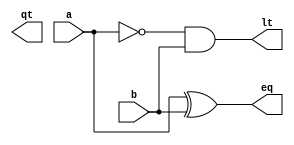
module Half_Comperator(
	input a,b,
	output qt, lt, eq
);
	assign gt = a & ~b;
	assign lt = ~a & b;
	assign eq = a ^ b;
	
endmodule

module Full_Comperator(
	input a,b,
	input gt_in,
	input lt_in,
	input eq_in,
	output qt, lt, eq
);
	assign gt = gt_in | eq_in & a & ~b;
	assign lt = lt_in | eq_in & ~a & b;
	assign eq = eq_in & (a ^ b);
	
endmodule


module Comperator_18_bits(
	input [17:0] a,b,
	output gt, lt, eq
);
	wire g[17:0];
	wire l[17:0];
	wire e[17:0];

	Half_Comperator c_00 (a[17],  b[17], g[17], l[17], e[17] );
	Full_Comperator c_01 (a[16], b[16], g[17], l[17], e[17], g[16], l[16], e[16] );
	Full_Comperator c_02 (a[15], b[15], g[16], l[16], e[16], g[15], l[15], e[15] );
	Full_Comperator c_03 (a[14], b[14], g[15], l[15], e[15], g[14], l[14], e[14] );
	Full_Comperator c_04 (a[13], b[13], g[14], l[14], e[14], g[13], l[13], e[13] );
	Full_Comperator c_05 (a[12], b[12], g[13], l[13], e[13], g[12], l[12], e[12] );
	Full_Comperator c_06 (a[11], b[11], g[12], l[12], e[12], g[11], l[11], e[11] );
	Full_Comperator c_07 (a[10], b[10], g[11], l[11],e[11], g[10], l[10], e[10] );
	Full_Comperator c_08 (a[9],  b[9],  g[10],  l[10],  e[10], g[9], l[9], e[9] );
	Full_Comperator c_09 (a[8],  b[8],  g[9],  l[9],  e[9], g[8], l[8], e[8] );
	Full_Comperator c_10 (a[7], b[7], g[8],  l[8],  e[8], g[7], l[7], e[7] );
	Full_Comperator c_11 (a[6], b[6], g[7], l[7], e[7], g[6], l[6], e[6] );
	Full_Comperator c_12 (a[5], b[5], g[6], l[6], e[6], g[5], l[5], e[5] );
	Full_Comperator c_13 (a[4], b[4], g[5], l[5], e[5], g[4], l[4], e[4] );
	Full_Comperator c_14 (a[3], b[3], g[4], l[4], e[4], g[3], l[3], e[3] );
	Full_Comperator c_15 (a[2], b[2], g[3], l[3], e[3], g[2], l[2], e[2] );
	Full_Comperator c_16 (a[1], b[1], g[2], l[2], e[2], g[1], l[1], e[1] );
	Full_Comperator c_17 (a[0], b[0], g[1], l[1], e[1], gt, lt, eq );
endmodule